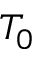
T _ { 0 }